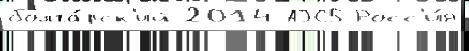
болга́рск'ий 2014 АЭС5 Росс'и́я